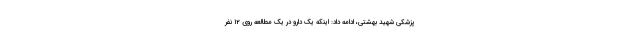
پزشکی شهید بهشتی، ادامه داد: اینکه یک دارو در یک مطالعه روی ۱۲ نفر